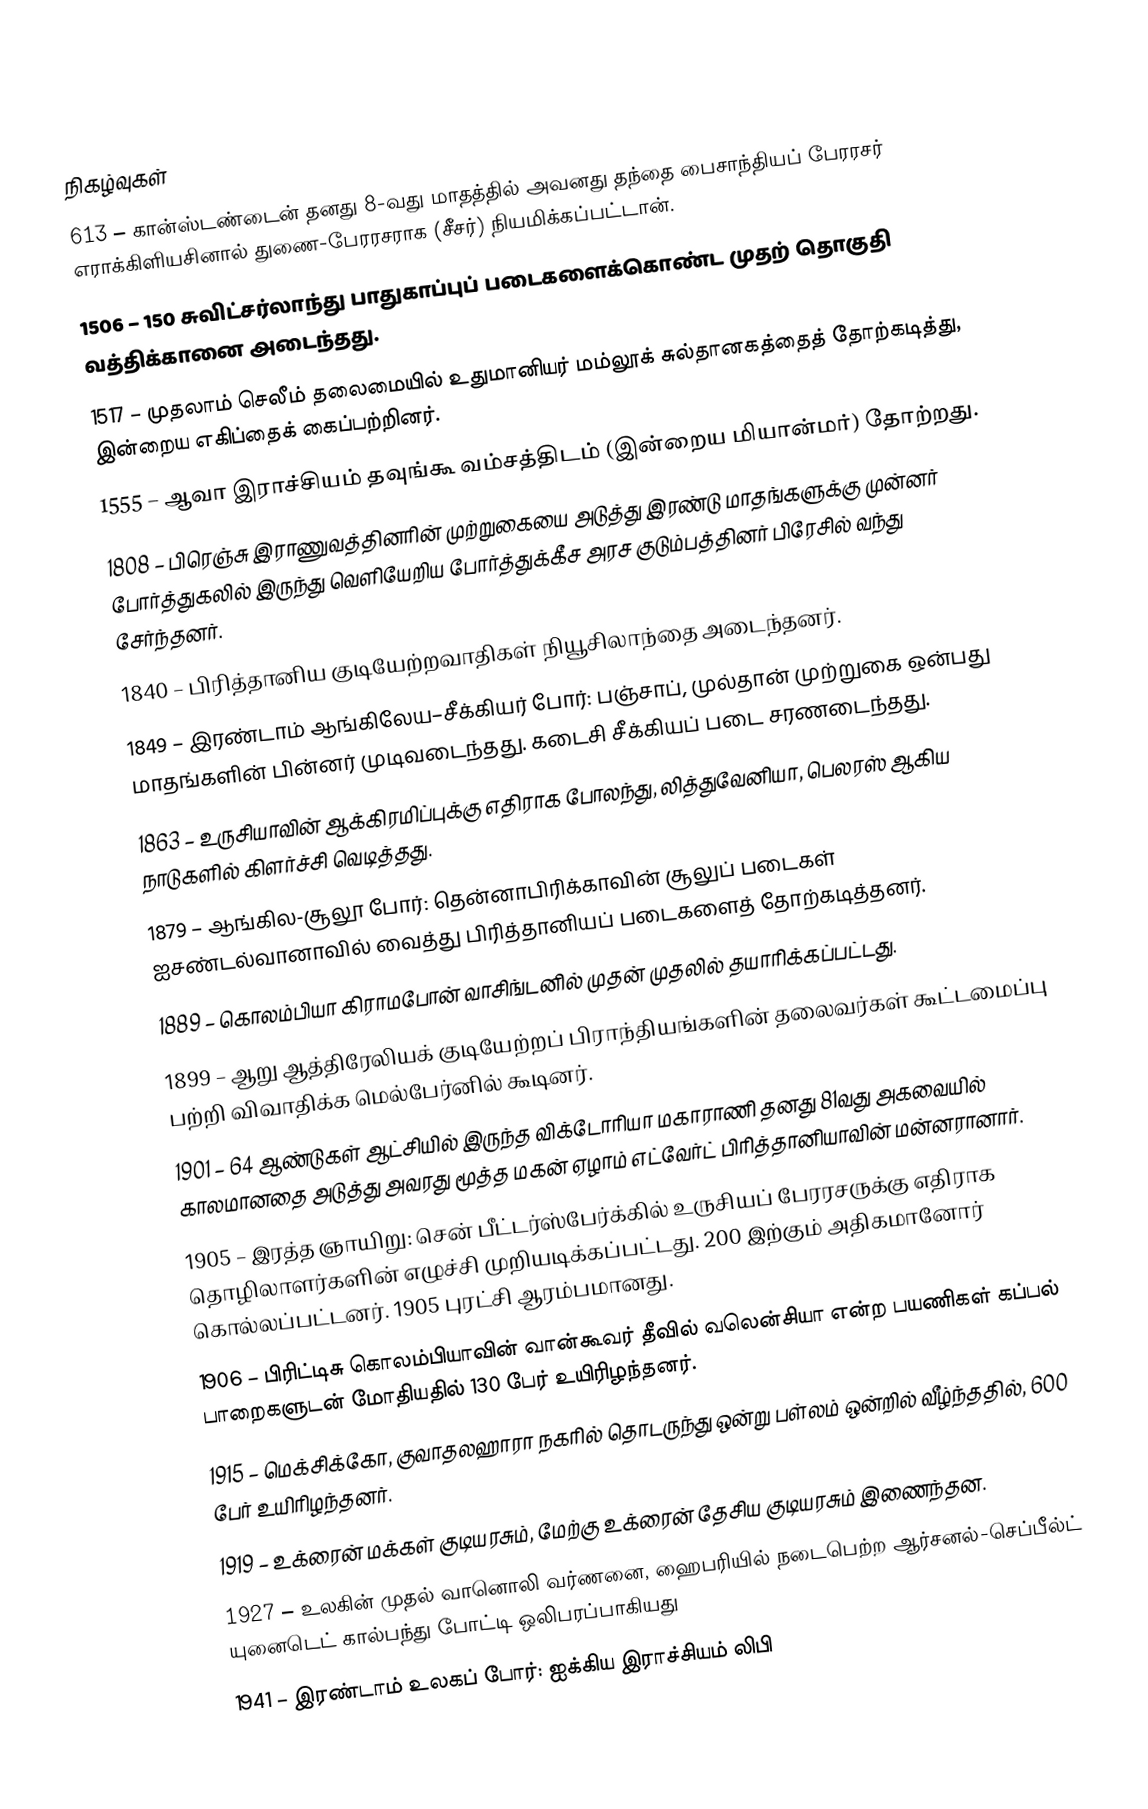

நிகழ்வுகள்
 613 – கான்ஸ்டண்டைன் தனது 8-வது மாதத்தில் அவனது தந்தை பைசாந்தியப் பேரரசர் எராக்கிளியசினால் துணை-பேரரசராக (சீசர்) நியமிக்கப்பட்டான்.
1506 – 150 சுவிட்சர்லாந்து பாதுகாப்புப் படைகளைக்கொண்ட முதற் தொகுதி வத்திக்கானை அடைந்தது.
1517 – முதலாம் செலீம் தலைமையில் உதுமானியர் மம்லூக் சுல்தானகத்தைத் தோற்கடித்து, இன்றைய எகிப்தைக் கைப்பற்றினர்.
1555 – ஆவா இராச்சியம் தவுங்கூ வம்சத்திடம் (இன்றைய மியான்மர்) தோற்றது.
1808 – பிரெஞ்சு இராணுவத்தினரின் முற்றுகையை அடுத்து இரண்டு மாதங்களுக்கு முன்னர் போர்த்துகலில் இருந்து வெளியேறிய போர்த்துக்கீச அரச குடும்பத்தினர் பிரேசில் வந்து சேர்ந்தனர்.
1840 – பிரித்தானிய குடியேற்றவாதிகள் நியூசிலாந்தை அடைந்தனர்.
1849 – இரண்டாம் ஆங்கிலேய–சீக்கியர் போர்: பஞ்சாப், முல்தான் முற்றுகை ஒன்பது மாதங்களின் பின்னர் முடிவடைந்தது. கடைசி சீக்கியப் படை சரணடைந்தது.
1863 – உருசியாவின் ஆக்கிரமிப்புக்கு எதிராக போலந்து, லித்துவேனியா, பெலரஸ் ஆகிய நாடுகளில் கிளர்ச்சி வெடித்தது.
1879 – ஆங்கில-சூலூ போர்: தென்னாபிரிக்காவின் சூலுப் படைகள் ஐசண்டல்வானாவில் வைத்து பிரித்தானியப் படைகளைத் தோற்கடித்தனர்.
1889 – கொலம்பியா கிராமபோன் வாசிங்டனில் முதன் முதலில் தயாரிக்கப்பட்டது.
1899 – ஆறு ஆத்திரேலியக் குடியேற்றப் பிராந்தியங்களின் தலைவர்கள் கூட்டமைப்பு பற்றி விவாதிக்க மெல்பேர்னில் கூடினர்.
1901 – 64 ஆண்டுகள் ஆட்சியில் இருந்த விக்டோரியா மகாராணி தனது 81வது அகவையில் காலமானதை அடுத்து அவரது மூத்த மகன் ஏழாம் எட்வேர்ட் பிரித்தானியாவின் மன்னரானார்.
1905 – இரத்த ஞாயிறு: சென் பீட்டர்ஸ்பேர்க்கில் உருசியப் பேரரசருக்கு எதிராக தொழிலாளர்களின் எழுச்சி முறியடிக்கப்பட்டது. 200 இற்கும் அதிகமானோர் கொல்லப்பட்டனர். 1905 புரட்சி ஆரம்பமானது.
1906 – பிரிட்டிசு கொலம்பியாவின் வான்கூவர் தீவில் வலென்சியா என்ற பயணிகள் கப்பல் பாறைகளுடன் மோதியதில் 130 பேர் உயிரிழந்தனர்.
1915 – மெக்சிக்கோ, குவாதலஹாரா நகரில் தொடருந்து ஒன்று பள்லம் ஒன்றில் வீழ்ந்ததில், 600 பேர் உயிரிழந்தனர்.
1919 – உக்ரைன் மக்கள் குடியரசும், மேற்கு உக்ரைன் தேசிய குடியரசும் இணைந்தன.
1927 – உலகின் முதல் வானொலி வர்ணனை, ஹைபரியில் நடைபெற்ற ஆர்சனல்-செப்பீல்ட் யுனைடெட் கால்பந்து போட்டி ஒலிபரப்பாகியது
1941 – இரண்டாம் உலகப் போர்: ஐக்கிய இராச்சியம் லிபி